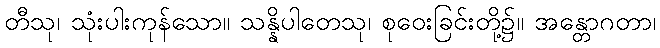
တီသု၊ သုံးပါးကုန်သော။ သန္နိပါတေသု၊ စုဝေးခြင်းတို့၌။ အန္တောဂတာ၊